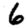
Digit: 6